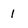
Character: 1